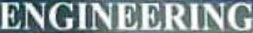
ENGINEERING